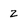
Character: 2